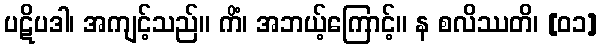
ပဋိပဒါ၊ အကျင့်သည်။ ကိံ၊ အဘယ့်ကြောင့်။ န စလိဿတိ၊ [၀၁]